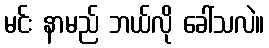
မင်း နာမည် ဘယ်လို ခေါ်သလဲ။